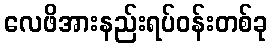
လေဖိအားနည်းရပ်ဝန်းတစ်ခု